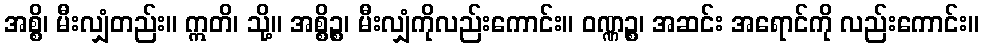
အစ္စိ၊ မီးလျှံတည်း။ ဣတိ၊ သို့။ အစ္စိဉ္စ၊ မီးလျှံကိုလည်းကောင်း။ ဝဏ္ဏဉ္စ၊ အဆင်း အရောင်ကို လည်းကောင်း။